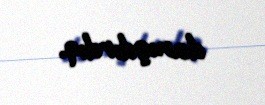
danışdırdıq.